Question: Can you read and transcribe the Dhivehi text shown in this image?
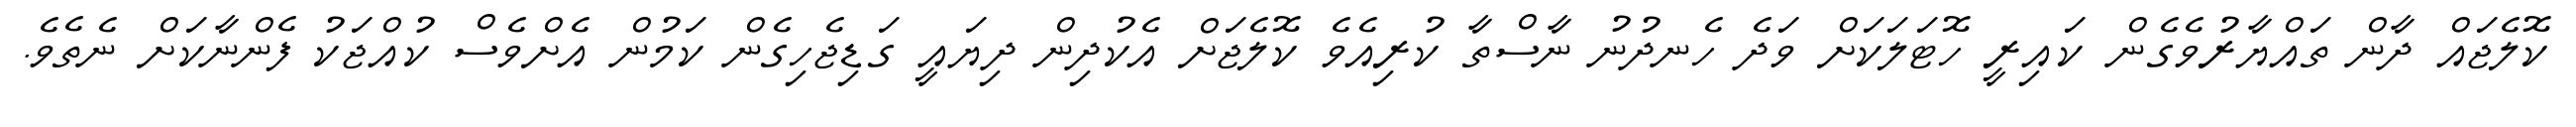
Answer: ކޮލެޖައް ދާން ތައްޔާރުވެގެން ކައިރީ ހޮޓަލަކަށް ވަދެ ހެނދުނު ނާސްތާ ކުރިއެވެ ކޮލެޖަށް އެކުދިން ދިޔައީ ގަޑިޖެހިގެން ކަމުން އެށްވެސް ކުއްޖަކު ފެންނާކަށް ނެތެވެ.